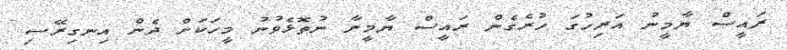
ރައީސް ޔާމީނު އަރިހުގަ ހުރެގެން ރައީސް ޔާމީނާ ނުތޮޅެވުނު މީހަކަށް ދެން އިނގިރޭސި